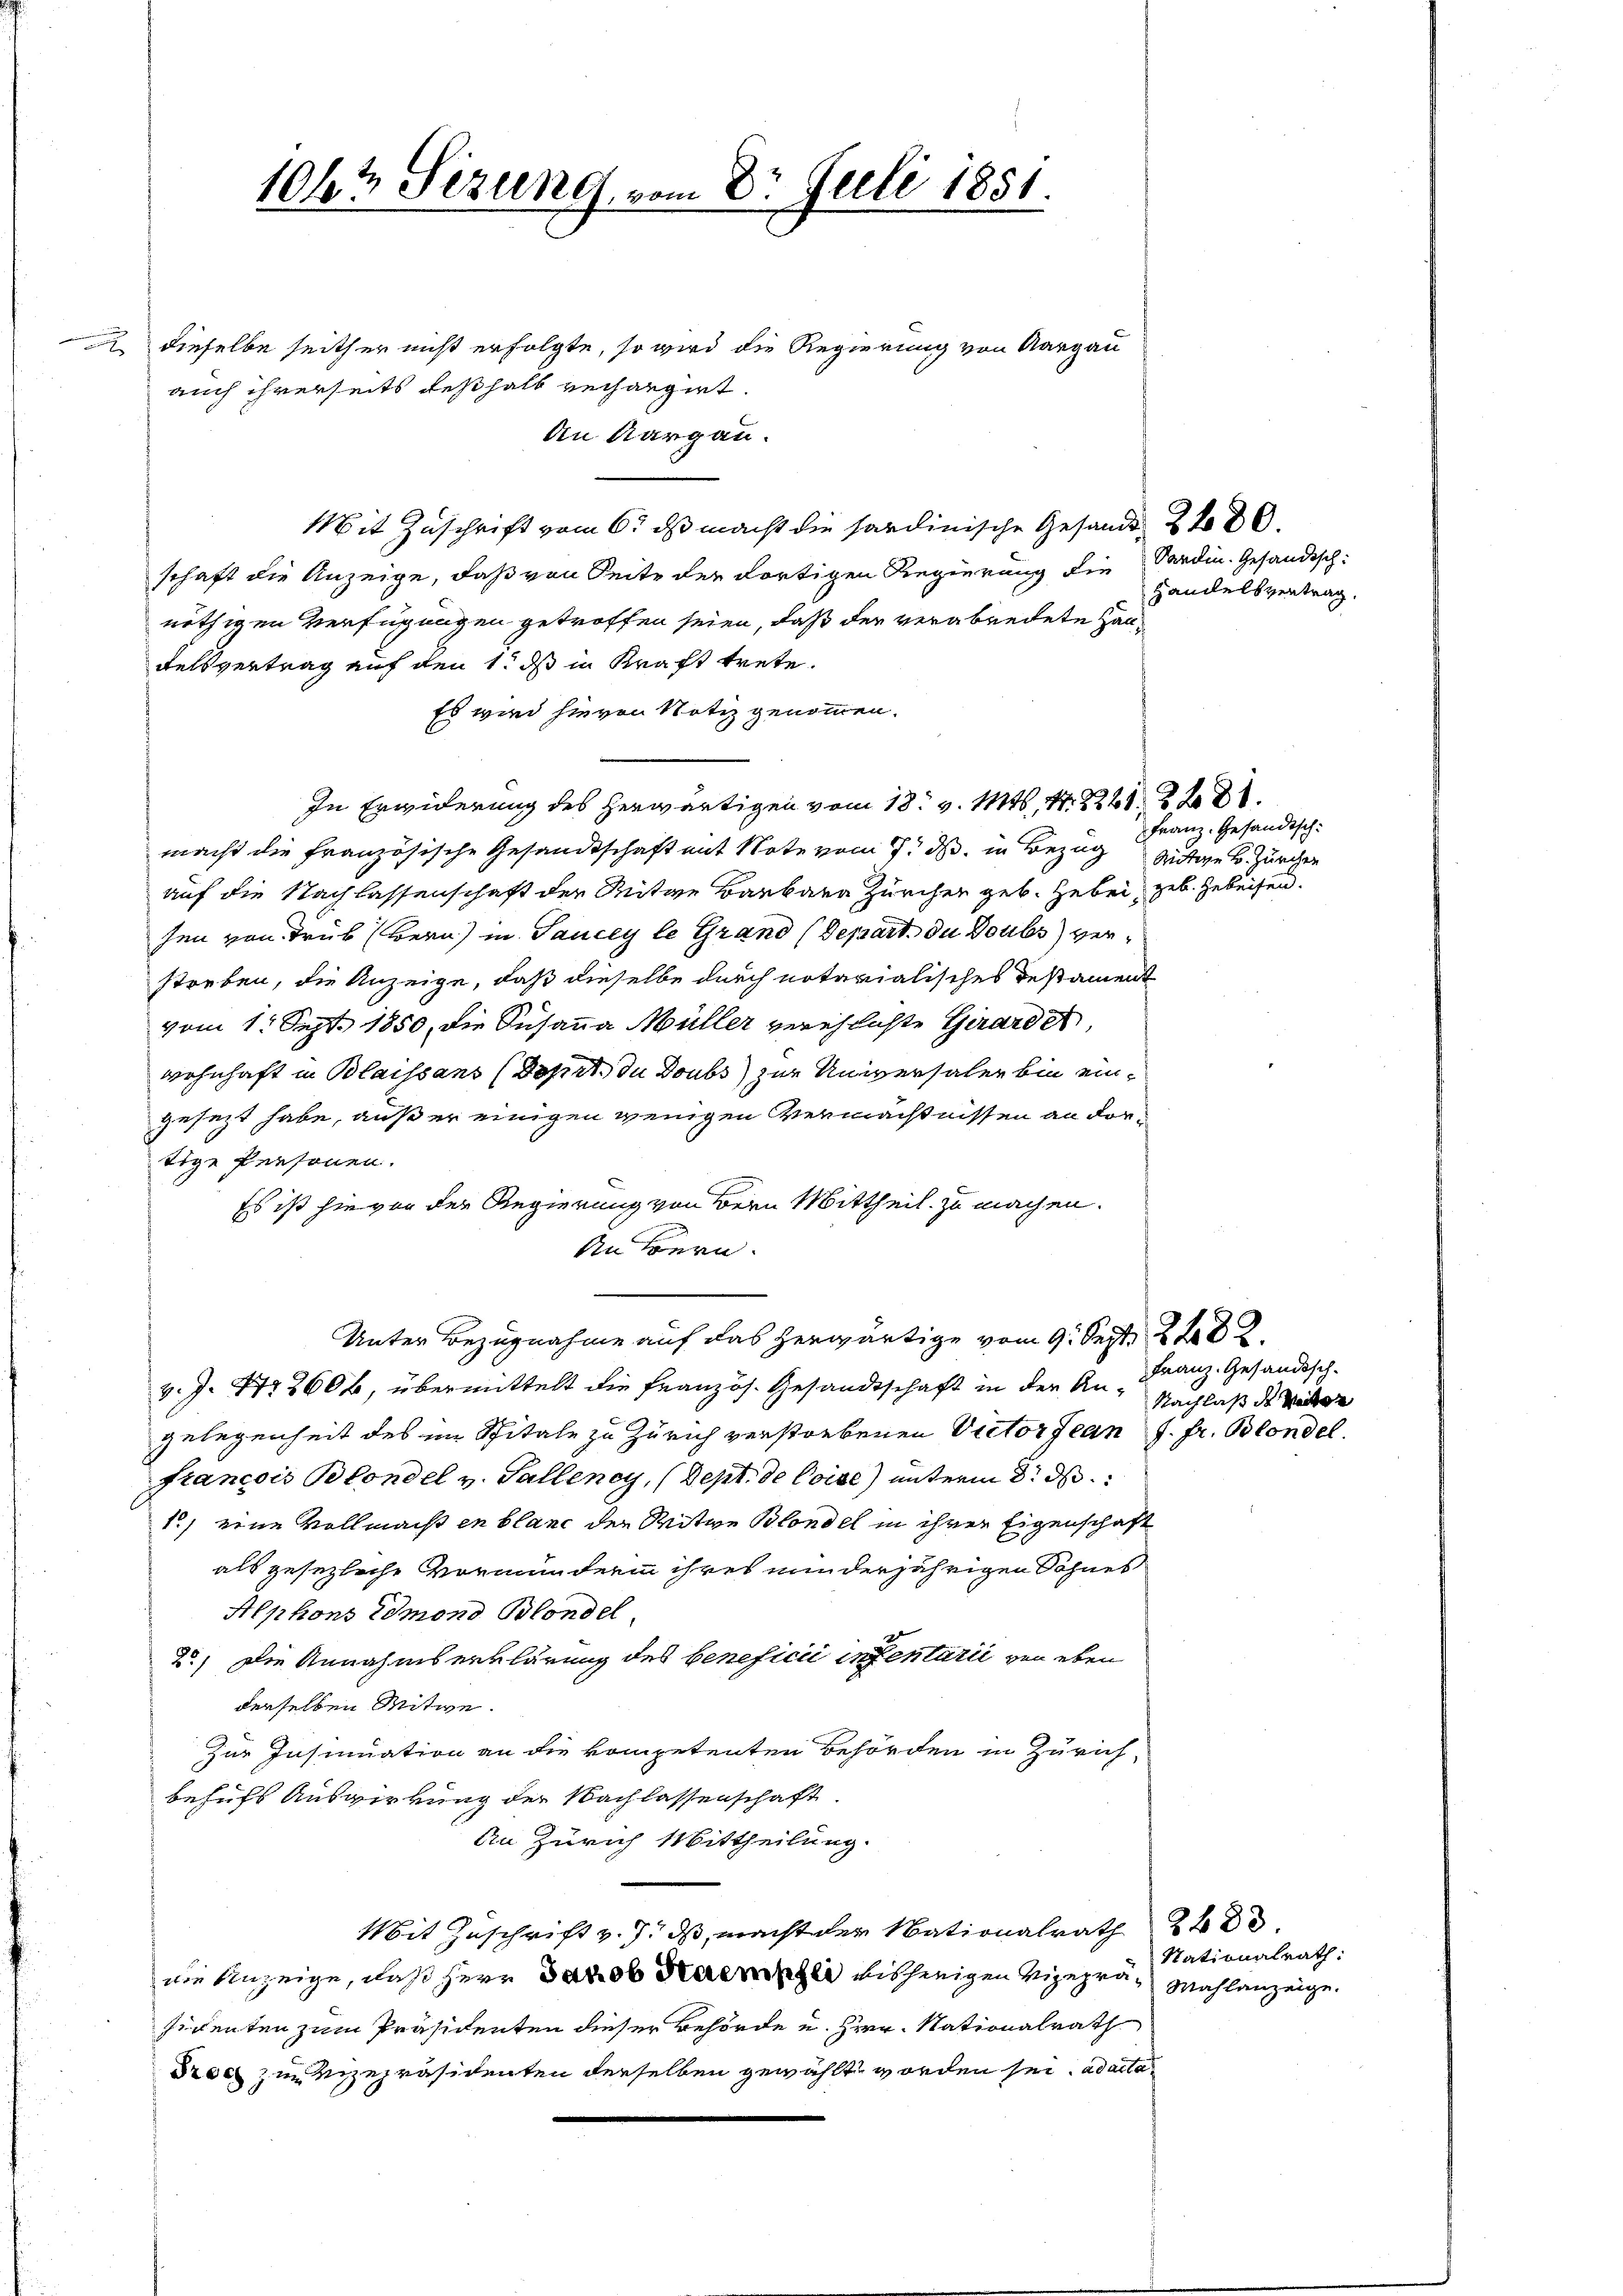
106t Sizung, von

dieselbe seither nicht erfolgte, so wird die Regierung von Aargau
auch ihrerseits deshalb verhangirt.
An Aargau.
Mit Zuschrift vom 6. ds macht die sardinische Gesandt 2 f 30
schaft die Anzeige, daß von Seite der dortigen Regierung die Sardin. Gesandtschnöthigen Verfügungen getroffen seien, daß der verabredete Hau¬
Felsvertrag auf den 1. ds in Kraft trete.
Es wird hievon Notiz genommen.
In Erwiderung des herwärtigen vom 18. v. 116, N. 2221. 228.
macht die französische Gesandtschaft mit Note vom 7. ds. in Bezug Mitwe B. Zürchen
auf die Nachlassenschaft der Mitge Barbara Zürchen geb. Hebei, geb. Geleisen.
hen von Trüb (Bern) in Saucey le Grand (Depart. du Doubs verstreben, die Anzeige, daß dieselbe durch notarialisches Testament
vom 1. Sept. 1850, die Susanna Müller verehlichte Gerarda,
wohnhaft in Blaissans (Dohrt du Doubs zur Universaler bin eingesetzt habe, außer einigen wenigen Vermächtnissen an dortige Personen.
Es ist hievon der Regierung von Bern Mittheil zu machen.
An Bern.
Unter Bezugnahme auf das herwärtige vom 9. Sept. 228.
v. J. 172606, übermittelt die französ. Gesandtschaft in der Angelegenheit des im Spitale zu Zürich verstorbenen Victor Jean J. fr. Blondel
Francois Blondel v. Tallenay, (Sept. de Coise) unterm 8. d.
1) eine Vollmacht in blanc den Witwe Blondel in ihrer Eigenschaft
als gesezliche Vormunderin ihres minderjährigen Sohnes
Alphons Edmond Blondel
2) Die Annahmserklärung des beneficii insentarii von eben
derselben Mitwe.
Zur Insinuation an die kompetenten Behörden in Zürich
behufs Auswirkung der Nachlassenschaft
An Zürich Mittheilung.
Mit Zuschrift v. 7. ds, macht der Nationalrath 24 d
die Anzeige, daß Herr Jakob Haemzli bisherigen Vizeprä- Mahlanzeige.
sidenten zum Präsidenten dieser Behörde u. Herr Nationalrath
drac zum Vizepräsidenten derselben gewählt worden sei, ad acta

Dr. Juli 1851.

Handelsvertrag,

Franz. Gesandtsch-

Franz. Gesandtsch-
Nachlaß der Seiter

Nationalrath: